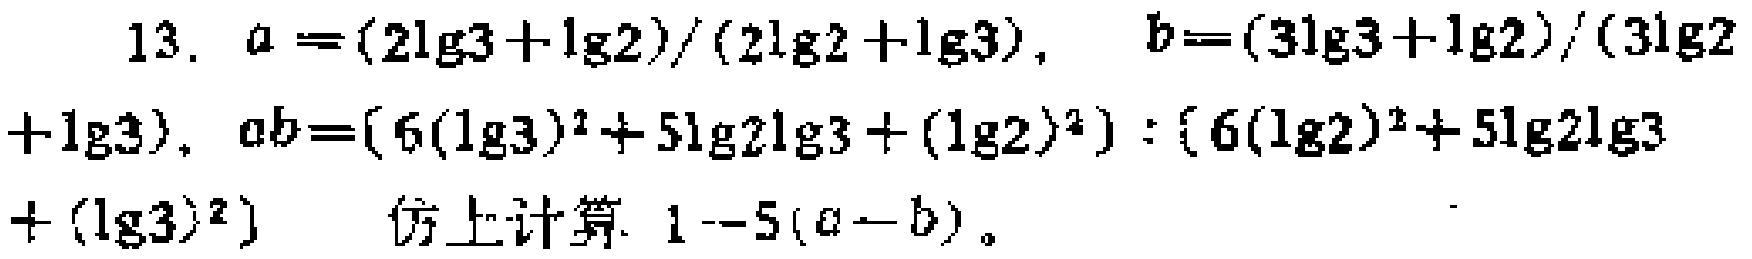
13. \(a = \frac{2\lg3+\lg2}{2\lg2+\lg3}\), \(b=\frac{3\lg3+\lg2}{3\lg2+\lg3}\), \(ab = \frac{6(\lg3)^2 + 5\lg2\lg3+(\lg2)^2}{6(\lg2)^2 + 5\lg2\lg3+(\lg3)^2}\)  仿上计算. \(1 - 5(a - b)\)。